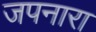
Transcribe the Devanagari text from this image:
जपनारा